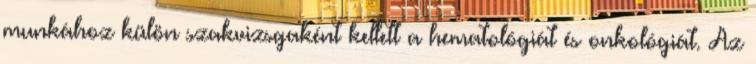
munkához külön szakvizsgaként kellett a hematológiát és onkológiát. Az